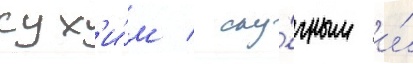
сух'и́м / ску́чным и́